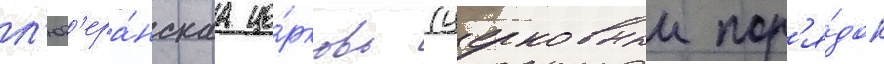
л'ют'ера́нскаа це́рковь (церковныи пор'я́док